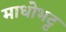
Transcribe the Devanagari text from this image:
माधोभट्ट